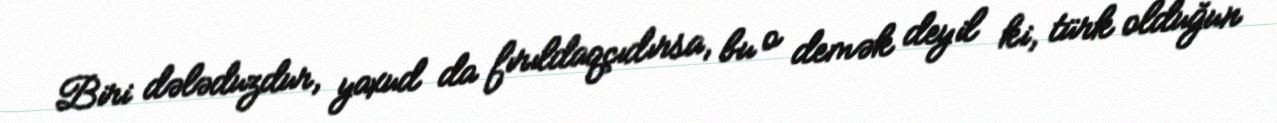
Biri dələduzdur, yaxud da fırıldaqçıdırsa, bu o demək deyil ki, türk olduğun